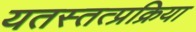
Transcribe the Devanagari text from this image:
यतस्तत्प्रक्रिया